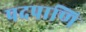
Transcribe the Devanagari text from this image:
पदपाणि